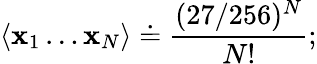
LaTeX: \langle\mathbf{x}_{1}\dots\mathbf{x}_{N}\rangle\doteq\frac{{(27/256)^{N}}}{{N!}};